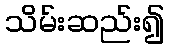
သိမ်းဆည်း၍